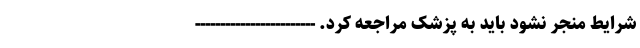
شرایط منجر نشود باید به پزشک مراجعه کرد. ------------------------